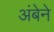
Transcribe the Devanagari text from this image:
अंबेने